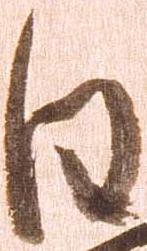
日